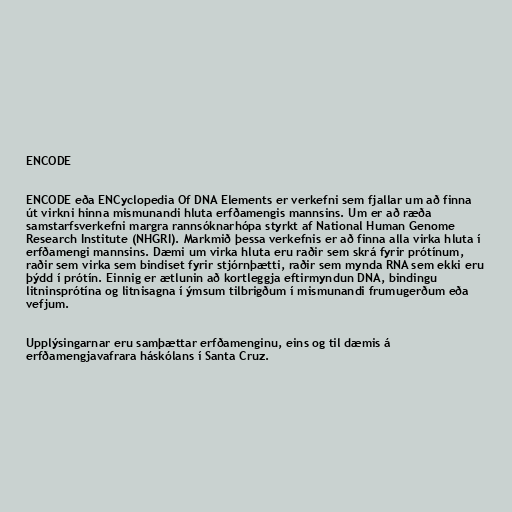
ENCODE

ENCODE eða ENCyclopedia Of DNA Elements er verkefni sem fjallar um að finna
út virkni hinna mismunandi hluta erfðamengis mannsins. Um er að ræða
samstarfsverkefni margra rannsóknarhópa styrkt af National Human Genome
Research Institute (NHGRI). Markmið þessa verkefnis er að finna alla virka hluta í
erfðamengi mannsins. Dæmi um virka hluta eru raðir sem skrá fyrir prótínum,
raðir sem virka sem bindiset fyrir stjórnþætti, raðir sem mynda RNA sem ekki eru
þýdd í prótín. Einnig er ætlunin að kortleggja eftirmyndun DNA, bindingu
litninsprótína og litnisagna í ýmsum tilbrigðum í mismunandi frumugerðum eða
vefjum.

Upplýsingarnar eru samþættar erfðamenginu, eins og til dæmis á
erfðamengjavafrara háskólans í Santa Cruz.